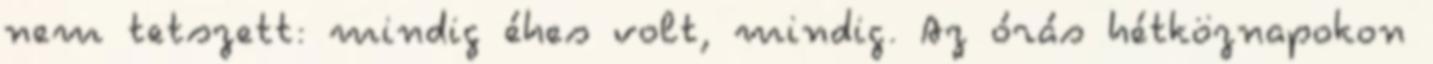
nem tetszett: mindig éhes volt, mindig. Az órás hétköznapokon